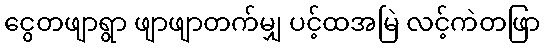
ငွေတဖျာရွာ ဖျာဖျာတက်မျှ ပင့်ထအမြဲ လင့်ကဲတဖြာ